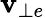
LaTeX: \mathbf{v}_{\bot e}